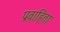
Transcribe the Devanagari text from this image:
प्रवाहिता